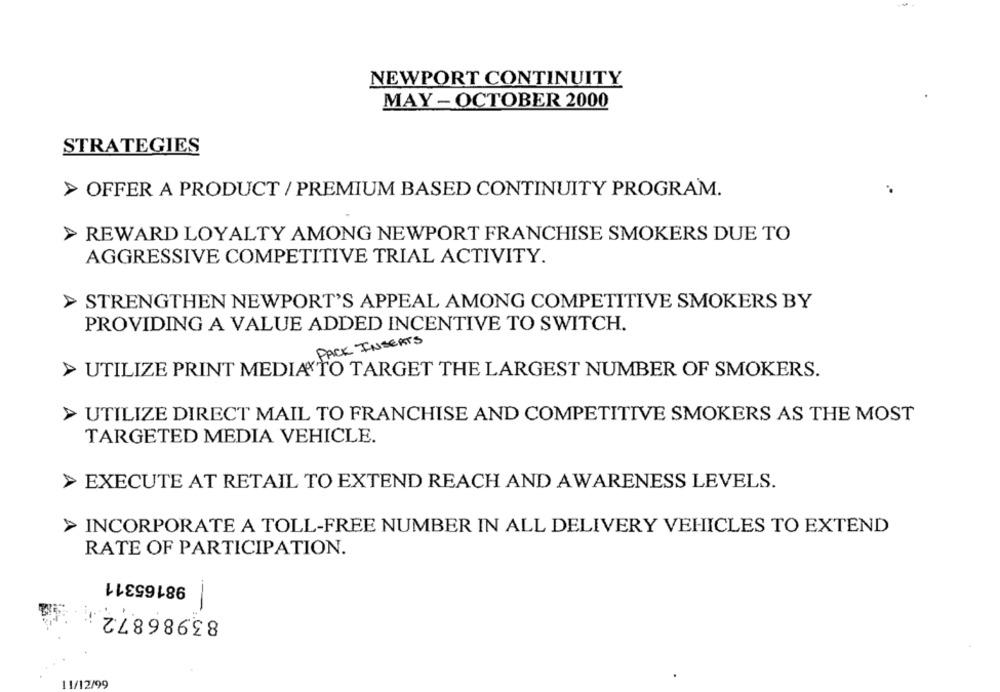
NEWPORT CONTINUITY
MAY - OCTOBER 2000
STRATEGIES
> OFFER A PRODUCT / PREMIUM BASED CONTINUITY PROGRAM.
.
REWARD LOYALTY AMONG NEWPORT FRANCHISE SMOKERS DUE TO
AGGRESSIVE COMPETITIVE TRIAL ACTIVITY.
> STRENGTHEN NEWPORT'S APPEAL AMONG COMPETITIVE SMOKERS BY
PROVIDING A VALUE ADDED INCENTIVE TO SWITCH.
PACK INSERTS
> UTILIZE PRINT MEDIA TO TARGET THE LARGEST NUMBER OF SMOKERS.
UTILIZE DIRECT MAIL TO FRANCHISE AND COMPETITIVE SMOKERS AS THE MOST
TARGETED MEDIA VEHICLE.
> EXECUTE AT RETAIL TO EXTEND REACH AND AWARENESS LEVELS.
> INCORPORATE A TOLL-FREE NUMBER IN ALL DELIVERY VEHICLES TO EXTEND
RATE OF PARTICIPATION.
98165311
83986872
--
11/12/99